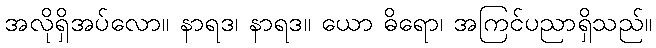
အလိုရှိအပ်လော။ နာရဒ၊ နာရဒ။ ယော ဓိရော၊ အကြင်ပညာရှိသည်။